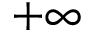
+ \infty